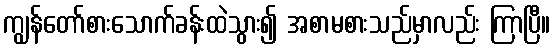
ကျွန်တော်စားသောက်ခန်းထဲသွား၍ အစာမစားသည်မှာလည်း ကြာပြီ။